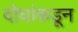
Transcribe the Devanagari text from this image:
दोघांकडून